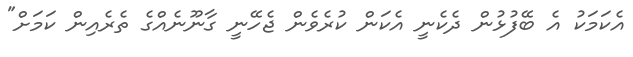
އެކަމަކު އެ ބޭފުޅުން ދެކެނީ އެކަން ކުރެވެން ޖެހޭނީ ގާނޫނެއްގެ ތެރެއިން ކަމަށް"